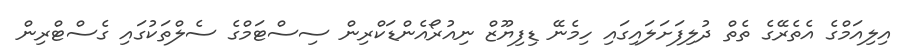
އިލިއަމްގެ އެތެރޭގެ ތެތް ދުލިފަށަލައިގައި ހިމެނޭ ޑިފިޔޫޒް ނިއުރޯއެންޑަކްރިން ސިސްޓަމްގެ ސެލްތަކުގައި ގެސްޓްރިން